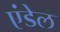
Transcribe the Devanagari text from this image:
एंडेल